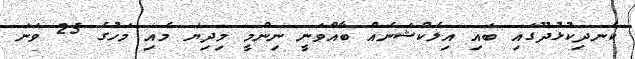
ކެނދިކުޅުދޫގައި ބައި އިލެކްޝަނެއް ބާއްވަނީ ނިންމީ މިދިޔަ މެއި މަހުގެ 25 ވަނަ